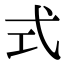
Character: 式